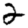
Digit: 2